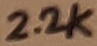
Text: 2.2K